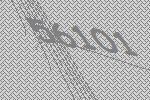
56101